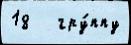
18   гру́ппу